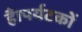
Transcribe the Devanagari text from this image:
है।पर्यटकों